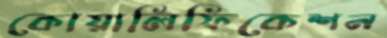
কোয়ালিফিকেশন